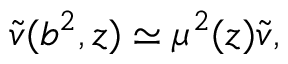
\tilde { v } ( b ^ { 2 } , z ) \simeq \mu ^ { 2 } ( z ) \tilde { v } ,